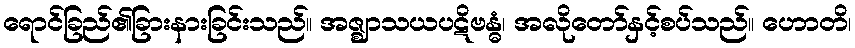
ရောင်ခြည်၏ခြားနားခြင်းသည်။ အဇ္ဈာသယပဋိဗန္ဓံ၊ အလိုတော်နှင့်စပ်သည်။ ဟောတိ၊